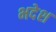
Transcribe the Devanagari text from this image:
भदेश